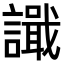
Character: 𫍎